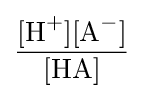
{\frac {[{\mathrm {H} {\vphantom {A}}^{+}}][{\mathrm {A} {\vphantom {A}}^{-}}]}{[{\mathrm {HA} }]}}